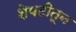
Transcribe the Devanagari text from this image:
शेपटीतून